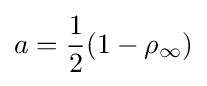
a={\frac {1}{2}}(1-\rho _{\infty })